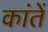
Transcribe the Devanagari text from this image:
कांतें